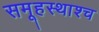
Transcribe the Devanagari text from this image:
समूहस्थाश्च